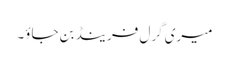
میری گرل فرینڈ بن جاؤ۔